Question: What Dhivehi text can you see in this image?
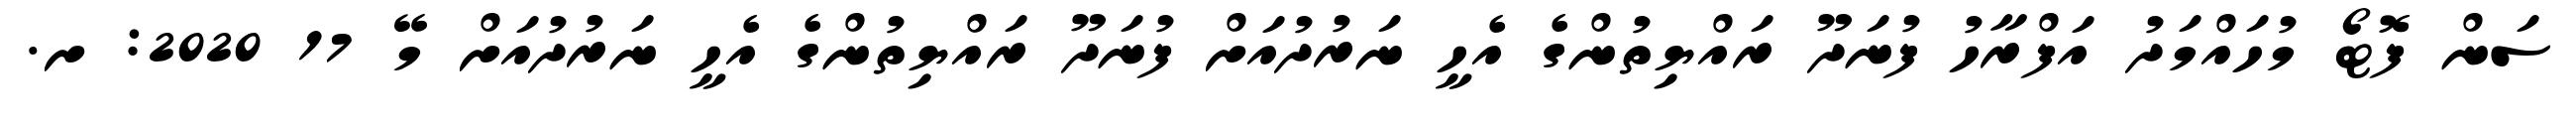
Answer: ސަން ފޮޓޯ މުހައްމަދު އަފްރާހު ފުނަދޫ ރައްޔިތުންގެ އެހީ ނަރުދުއަށް ފުނަދޫ ރައްޔިތުންގެ އެހީ ނަރުދުއަށް މޭ 17 2020: ށ.